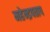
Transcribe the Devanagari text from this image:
महेन्द्रपताप